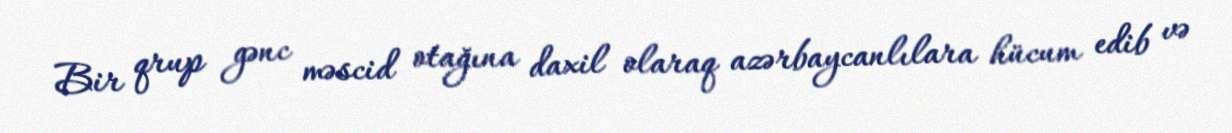
Bir qrup gənc məscid otağına daxil olaraq azərbaycanlılara hücum edib və